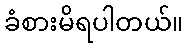
ခံစားမိရပါတယ်။